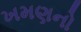
ખમણનો